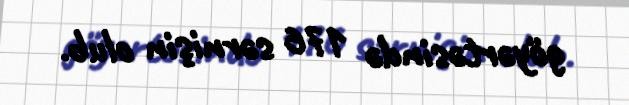
göyərtəsində 176 sərnişin olub.